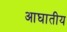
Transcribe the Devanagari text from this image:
आघातीय